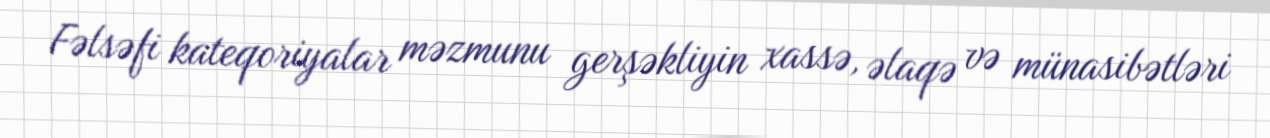
Fəlsəfi kateqoriyalar məzmunu gerşəkliyin xassə, əlaqə və münasibətləri